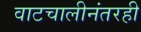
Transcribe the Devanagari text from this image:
वाटचालीनंतरही